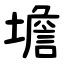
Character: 㙴